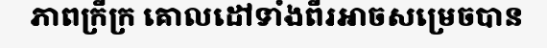
ភាពក្រីក្រ គោលដៅទាំងពីរអាចសម្រេចបាន